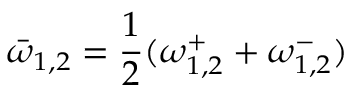
\bar { \omega } _ { 1 , 2 } = \frac { 1 } { 2 } ( \omega _ { 1 , 2 } ^ { + } + \omega _ { 1 , 2 } ^ { - } )